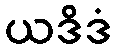
ယဒိဒံ